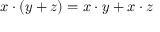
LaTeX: x \cdot ( y + z ) = x \cdot y + x \cdot z